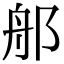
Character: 郍